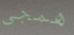
همجي